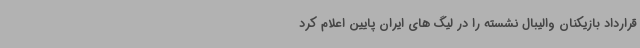
قرارداد بازیکنان والیبال نشسته را در لیگ های ایران پایین اعلام کرد